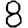
Digit: 8